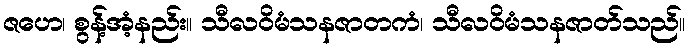
ဇဟေ၊ စွန့်အံ့နည်း။ သီလဝိမံသနဇာတကံ၊ သီလဝိမံသနဇာတ်သည်။